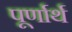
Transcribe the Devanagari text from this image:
पूर्णार्थ